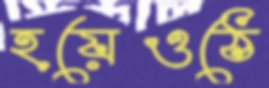
হয়েওঠে